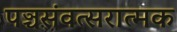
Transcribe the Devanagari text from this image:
पञ्चसंवत्सरात्मक